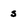
Character: s